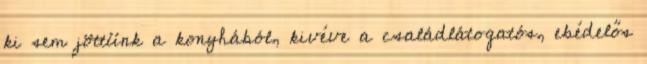
ki sem jöttünk a konyhából, kivéve a családlátogatós, ebédelős